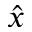
\hat { x }